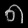
Digit: ၈